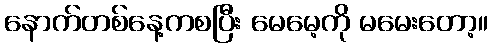
နောက်တစ်နေ့ကစပြီး မေမေ့ကို မမေးတော့။